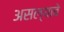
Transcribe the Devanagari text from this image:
असल्याबे